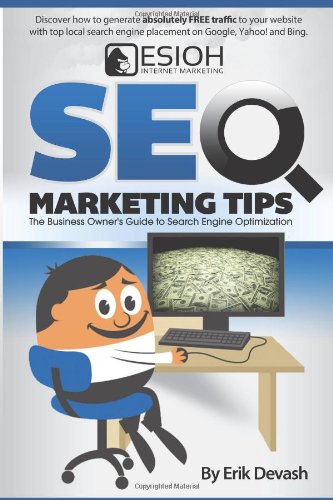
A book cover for SEO Marketing Tips: The Business Owner's Guide to Search Engine Optimization; Erik L Devash; Computers & Technology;